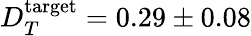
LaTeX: D_{T}^{\mathrm{target}}=0.29\pm 0.08